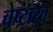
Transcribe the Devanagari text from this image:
चेष्टारत